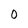
Character: 0